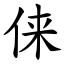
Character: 俫